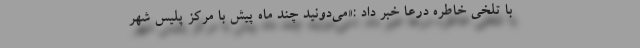
با تلخی خاطره درعا خبر داد :«می‌دونید چند ماه پیش با مرکز پلیس شهر